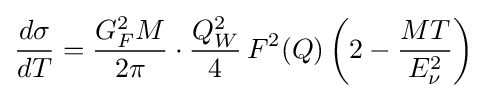
{\frac {d\sigma }{dT}}={\frac {G_{F}^{2}M}{2\pi }}\cdot {\frac {Q_{W}^{2}}{4}}\,F^{2}(Q)\left(2-{\frac {MT}{E_{\nu }^{2}}}\right)